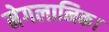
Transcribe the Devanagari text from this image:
मेगलानिक।